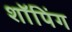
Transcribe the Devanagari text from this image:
शाॅपिंग